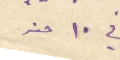
في ١٠ منه